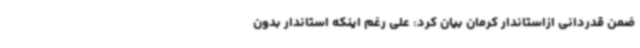
ضمن قدردانی ازاستاندار کرمان بیان کرد: علی رغم اینکه استاندار بدون